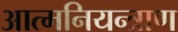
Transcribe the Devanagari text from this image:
आत्मनियन्त्राण